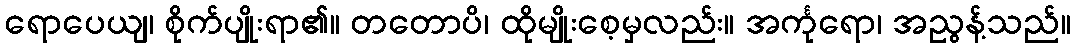
ရောပေယျ၊ စိုက်ပျိုးရာ၏။ တတောပိ၊ ထိုမျိုးစေ့မှလည်း။ အင်္ကုရော၊ အညွန့်သည်။